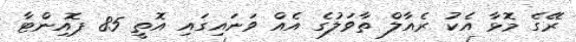
ރޭގެ މޮޅާ އެކު ރެއާލް ތާވަލުގެ އެއް ވަނައިގައި އޮތީ 85 ޕޮއިންޓާ